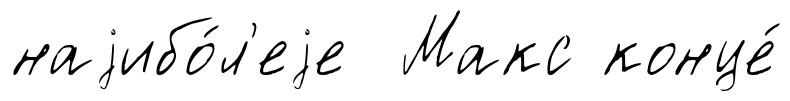
наjибо́л'еjе Макс конце́